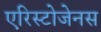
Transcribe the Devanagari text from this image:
एरिस्टोजेनस